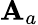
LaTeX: \mathbf{A}_{a}